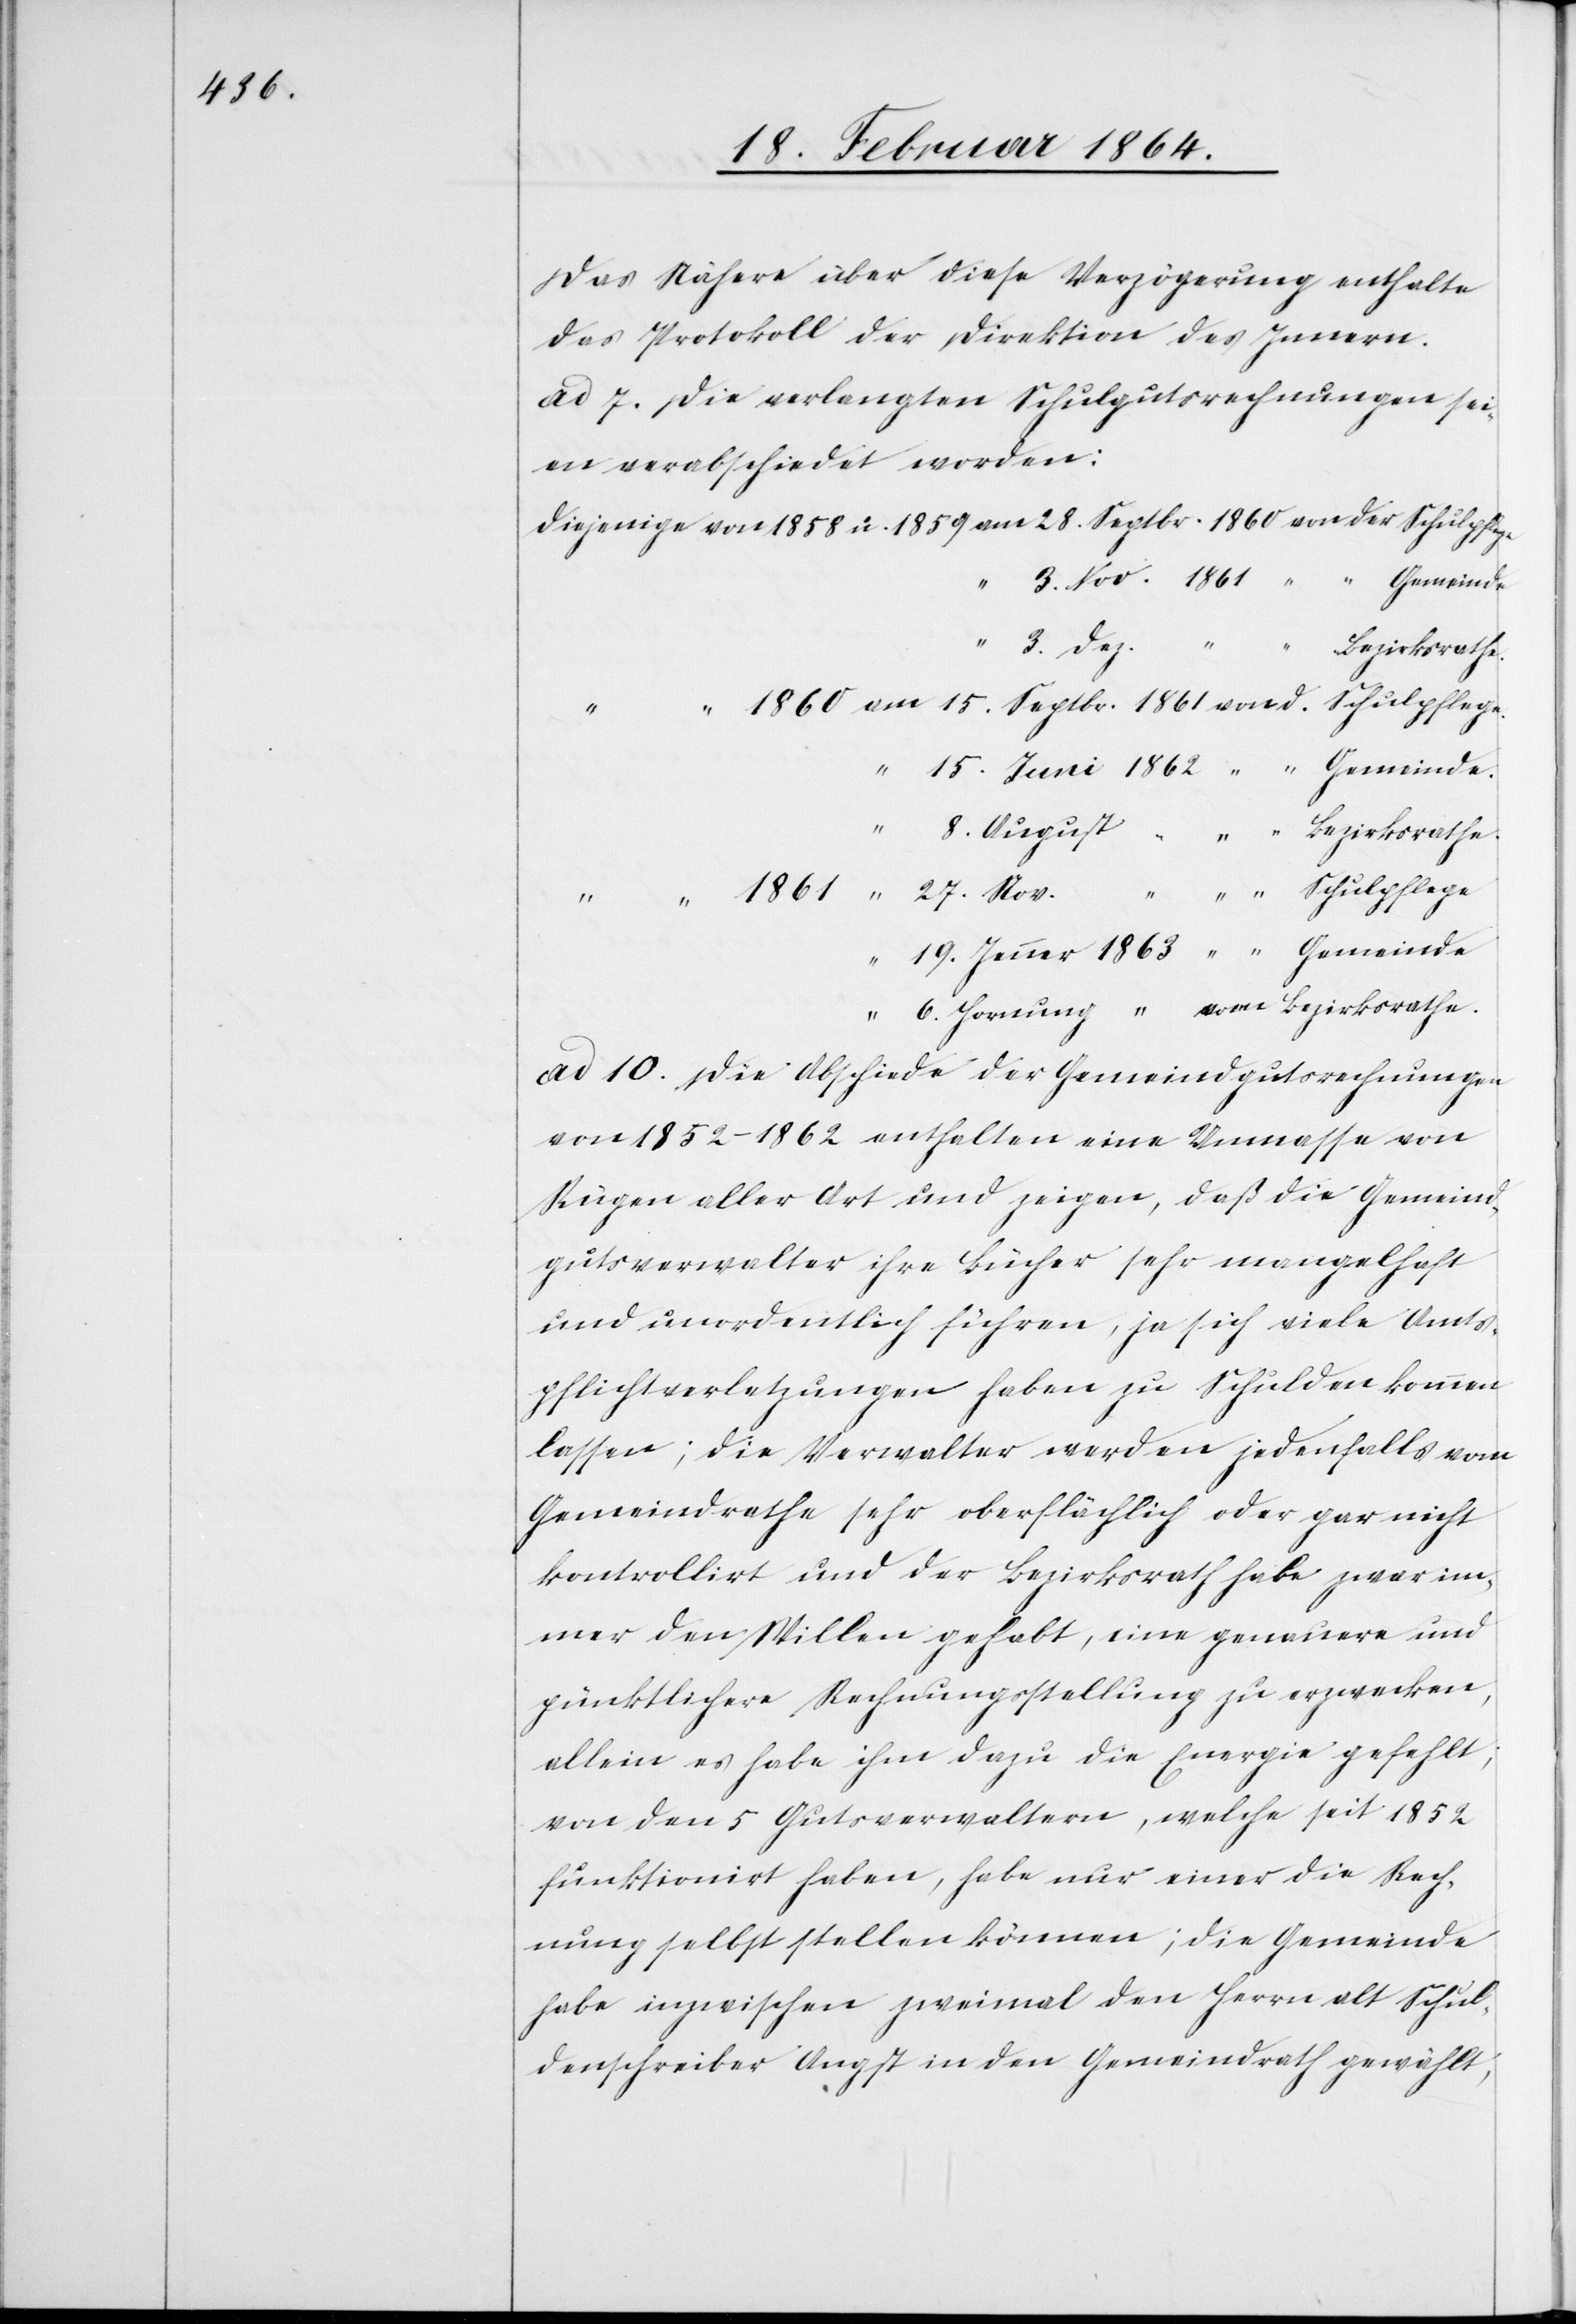
Das Nähere über diese Verzögerung enthalte
das Protokoll der Direktion des Innern.
ad. 7. Die verlangten Schulgutsrechnungen sei¬
en verabschiedet worden:
3. Dez.
6. Hornung
Bezirksrathe.
ad 10. Die Abschiede der Gemeindgutsrechnungen
von 1852–1862 enthalten eine Unmasse von
Rügen aller Art und zeigen, daß die Gemeind¬
gutsverwalter ihre Bücher sehr mangelhaft
und unordentlich führen, ja sich viele Amts¬
pflichtverletzungen haben zu Schulden kommen
lassen; die Verwalter werden jedenfalls vom
Gemeindrathe sehr oberflächlich oder gar nicht
kontrollirt und der Bezirksrath habe zwar im¬
mer den Willen gehabt, eine genauere und
pünktlichere Rechnungsstellung zu erzwecken,
allein es habe ihm dazu die Energie gefehlt;
von den 5 Gutsverwaltern, welche seit 1852
funktionirt haben, habe nur einer die Rech¬
nung selbst stellen können; die Gemeinde
habe inzwischen zweimal den Herrn alt Schul¬
denschreiber Angst in den Gemeindrath gewählt,